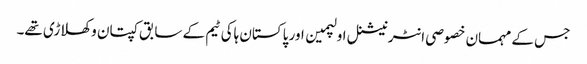
جس کے مہمان خصوصی انٹرنیشنل اولپمین اور پاکستان ہاکی ٹیم کے سابق کپتان و کھلاڑی تھے۔